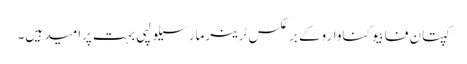
کپتان فابیوکناواروکے برعکس ٹرینرمارسیلو لپی بہت پرامید ہیں۔